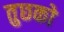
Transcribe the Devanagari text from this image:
तुछको